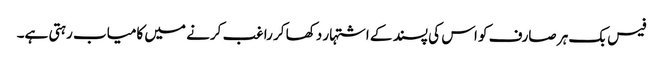
فیس بک ہر صارف کو اس کی پسند کے اشتہار دکھا کر راغب کرنے میں کامیاب رہتی ہے۔